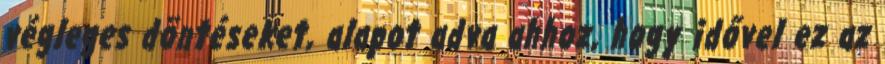
végleges döntéseket, alapot adva ahhoz, hogy idővel ez az